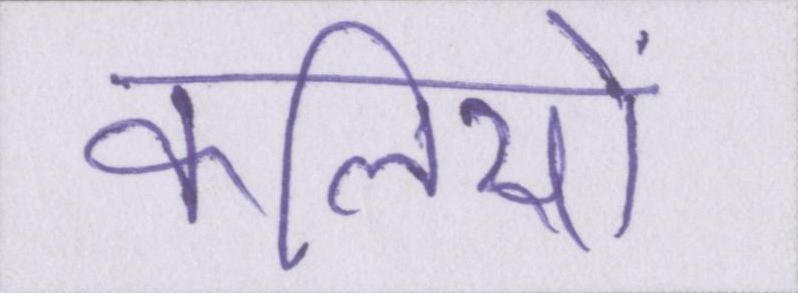
कलियों